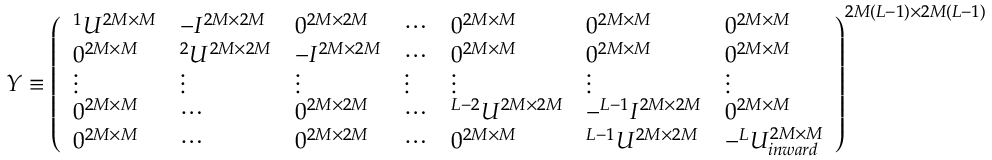
\begin{array} { r } { { \cal Y } \equiv \left( \begin{array} { l l l l l l l } { ^ 1 { \cal U } ^ { 2 M \times M } } & { - { \cal I } ^ { 2 M \times 2 M } } & { 0 ^ { 2 M \times 2 M } } & { \cdots } & { 0 ^ { 2 M \times M } } & { 0 ^ { 2 M \times M } } & { 0 ^ { 2 M \times M } } \\ { 0 ^ { 2 M \times M } } & { ^ 2 { \cal U } ^ { 2 M \times 2 M } } & { - { \cal I } ^ { 2 M \times 2 M } } & { \cdots } & { 0 ^ { 2 M \times M } } & { 0 ^ { 2 M \times M } } & { 0 ^ { 2 M \times M } } \\ { \vdots } & { \vdots } & { \vdots } & { \vdots } & { \vdots } & { \vdots } & { \vdots } \\ { 0 ^ { 2 M \times M } } & { \cdots } & { 0 ^ { 2 M \times 2 M } } & { \cdots } & { ^ { L - 2 } { \cal U } ^ { 2 M \times 2 M } } & { - ^ { L - 1 } { \cal I } ^ { 2 M \times 2 M } } & { 0 ^ { 2 M \times M } } \\ { 0 ^ { 2 M \times M } } & { \cdots } & { 0 ^ { 2 M \times 2 M } } & { \cdots } & { 0 ^ { 2 M \times M } } & { ^ { L - 1 } { \cal U } ^ { 2 M \times 2 M } } & { - ^ { L } { \cal U } _ { i n w a r d } ^ { 2 M \times M } } \end{array} \right) ^ { 2 M ( L - 1 ) \times 2 M ( L - 1 ) } } \end{array}